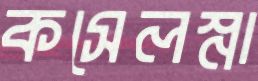
কসেলস্না